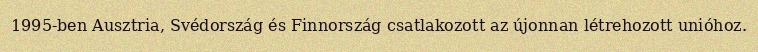
1995-ben Ausztria, Svédország és Finnország csatlakozott az újonnan létrehozott unióhoz.